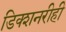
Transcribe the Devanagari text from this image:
डिक्शनरीही